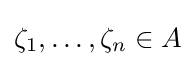
\zeta _{1},\ldots ,\zeta _{n}\in A